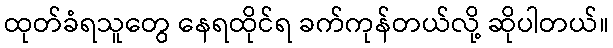
ထုတ်ခံရသူတွေ နေရထိုင်ရ ခက်ကုန်တယ်လို့ ဆိုပါတယ်။